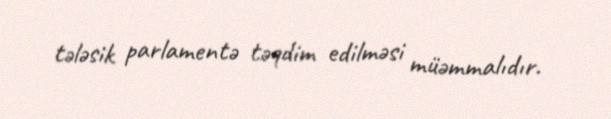
tələsik parlamentə təqdim edilməsi müəmmalıdır.